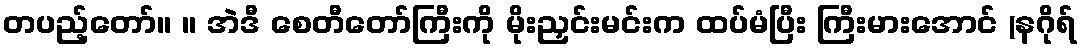
တပည့်တော်။ ။ အဲဒီ စေတီတော်ကြီးကို မိုးညှင်းမင်းက ထပ်မံပြီး ကြီးမားအောင် (နဂိုရ်